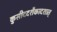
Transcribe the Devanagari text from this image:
कुसीददशैकादशात्